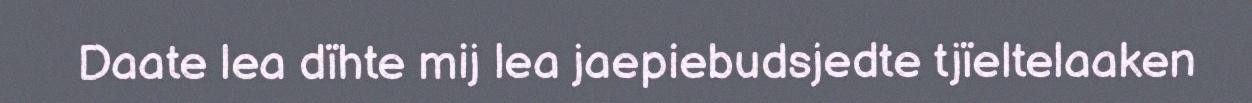
Daate lea dïhte mij lea jaepiebudsjedte tjïeltelaaken